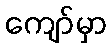
ကျော်မှာ